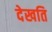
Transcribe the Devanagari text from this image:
देखति